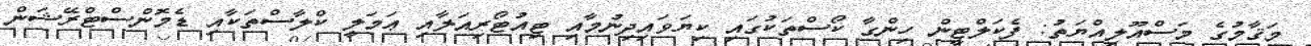
މަޤާމުގެ މަސްއޫލިއްޔަތު: ފެކަލްޓީން ހިންގާ ކޯސްތަކުގައި ކިޔަވައިދިނުމާއި ޓިއުޓޯރިއަލާއި ޢަމަލީ ކްލާސްތަކާއި ޑެމޮންސްޓްރޭޝަން